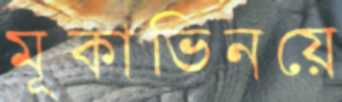
মূকাভিনয়ে